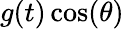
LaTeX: g(t)\cos(\theta)